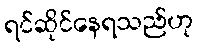
ရင်ဆိုင်နေရသည်ဟု